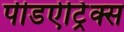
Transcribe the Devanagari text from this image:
पीडऐट्रिक्स